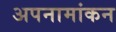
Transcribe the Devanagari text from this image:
अपनामांकन